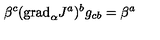
\beta ^ { c } ( \mathrm { g r a d } _ { \alpha } J ^ { a } ) ^ { b } g _ { c b } = \beta ^ { a }